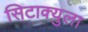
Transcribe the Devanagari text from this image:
सिटाक्युला